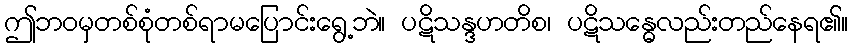
ဤဘဝမှတစ်စုံတစ်ရာမပြောင်းရွေ့ဘဲ။ ပဋိသန္ဒဟတိစ၊ ပဋိသန္ဓေလည်းတည်နေရ၏။